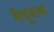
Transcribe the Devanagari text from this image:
बैजूबाबा